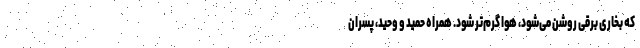
که بخاری برقی روشن می‌شود، هوا گرم‌تر شود. همراه حمید و وحید، پسران